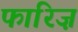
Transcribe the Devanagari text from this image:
फारिज़